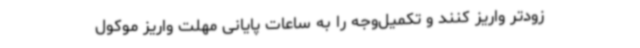
زودتر واریز کنند و تکمیل‌وجه را به ساعات پایانی مهلت واریز موکول